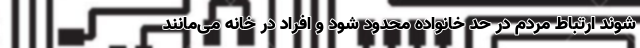
شوند ارتباط مردم در حد خانواده محدود شود و افراد در خانه می‌مانند